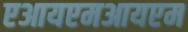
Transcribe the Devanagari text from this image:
एआयएमआयएम